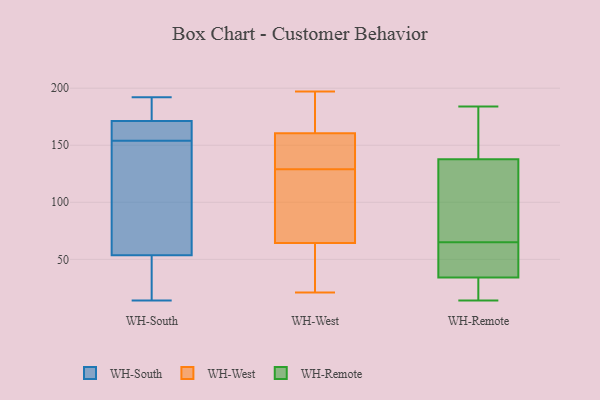
{"axis": {"x": "Page Views", "y": "Value"}, "legend": ["WH-Remote", "WH-South", "WH-West"], "data": [{"x": "", "y": 192, "type": "WH-South"}, {"x": "", "y": 185, "type": "WH-South"}, {"x": "", "y": 14, "type": "WH-South"}, {"x": "", "y": 55, "type": "WH-South"}, {"x": "", "y": 172, "type": "WH-South"}, {"x": "", "y": 28, "type": "WH-South"}, {"x": "", "y": 53, "type": "WH-South"}, {"x": "", "y": 162, "type": "WH-South"}, {"x": "", "y": 119, "type": "WH-South"}, {"x": "", "y": 169, "type": "WH-South"}, {"x": "", "y": 154, "type": "WH-South"}, {"x": "", "y": 156, "type": "WH-West"}, {"x": "", "y": 24, "type": "WH-West"}, {"x": "", "y": 83, "type": "WH-West"}, {"x": "", "y": 117, "type": "WH-West"}, {"x": "", "y": 116, "type": "WH-West"}, {"x": "", "y": 58, "type": "WH-West"}, {"x": "", "y": 129, "type": "WH-West"}, {"x": "", "y": 181, "type": "WH-West"}, {"x": "", "y": 145, "type": "WH-West"}, {"x": "", "y": 21, "type": "WH-West"}, {"x": "", "y": 48, "type": "WH-West"}, {"x": "", "y": 195, "type": "WH-West"}, {"x": "", "y": 194, "type": "WH-West"}, {"x": "", "y": 144, "type": "WH-West"}, {"x": "", "y": 132, "type": "WH-West"}, {"x": "", "y": 32, "type": "WH-West"}, {"x": "", "y": 162, "type": "WH-West"}, {"x": "", "y": 197, "type": "WH-West"}, {"x": "", "y": 103, "type": "WH-West"}, {"x": "", "y": 142, "type": "WH-Remote"}, {"x": "", "y": 14, "type": "WH-Remote"}, {"x": "", "y": 168, "type": "WH-Remote"}, {"x": "", "y": 22, "type": "WH-Remote"}, {"x": "", "y": 184, "type": "WH-Remote"}, {"x": "", "y": 49, "type": "WH-Remote"}, {"x": "", "y": 18, "type": "WH-Remote"}, {"x": "", "y": 29, "type": "WH-Remote"}, {"x": "", "y": 15, "type": "WH-Remote"}, {"x": "", "y": 64, "type": "WH-Remote"}, {"x": "", "y": 118, "type": "WH-Remote"}, {"x": "", "y": 59, "type": "WH-Remote"}, {"x": "", "y": 169, "type": "WH-Remote"}, {"x": "", "y": 65, "type": "WH-Remote"}, {"x": "", "y": 61, "type": "WH-Remote"}, {"x": "", "y": 155, "type": "WH-Remote"}, {"x": "", "y": 84, "type": "WH-Remote"}, {"x": "", "y": 125, "type": "WH-Remote"}, {"x": "", "y": 79, "type": "WH-Remote"}]}